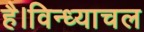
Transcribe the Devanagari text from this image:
है।विन्ध्याचल